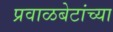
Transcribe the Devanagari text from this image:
प्रवाळबेटांच्या